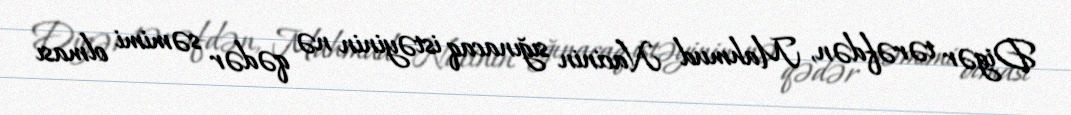
Digər tərəfdən, Mahmud Nacinin sığınacaq istəyinin nə qədər səmimi olması